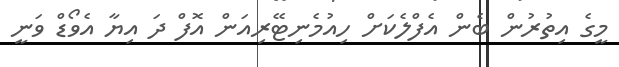
މީގެ އިތުރުން ބެން އެފްލެކަށް ހިއުމެނިޓޭރިއަން އޮފް ދަ އިޔާ އެވޯޑް ވަނީ